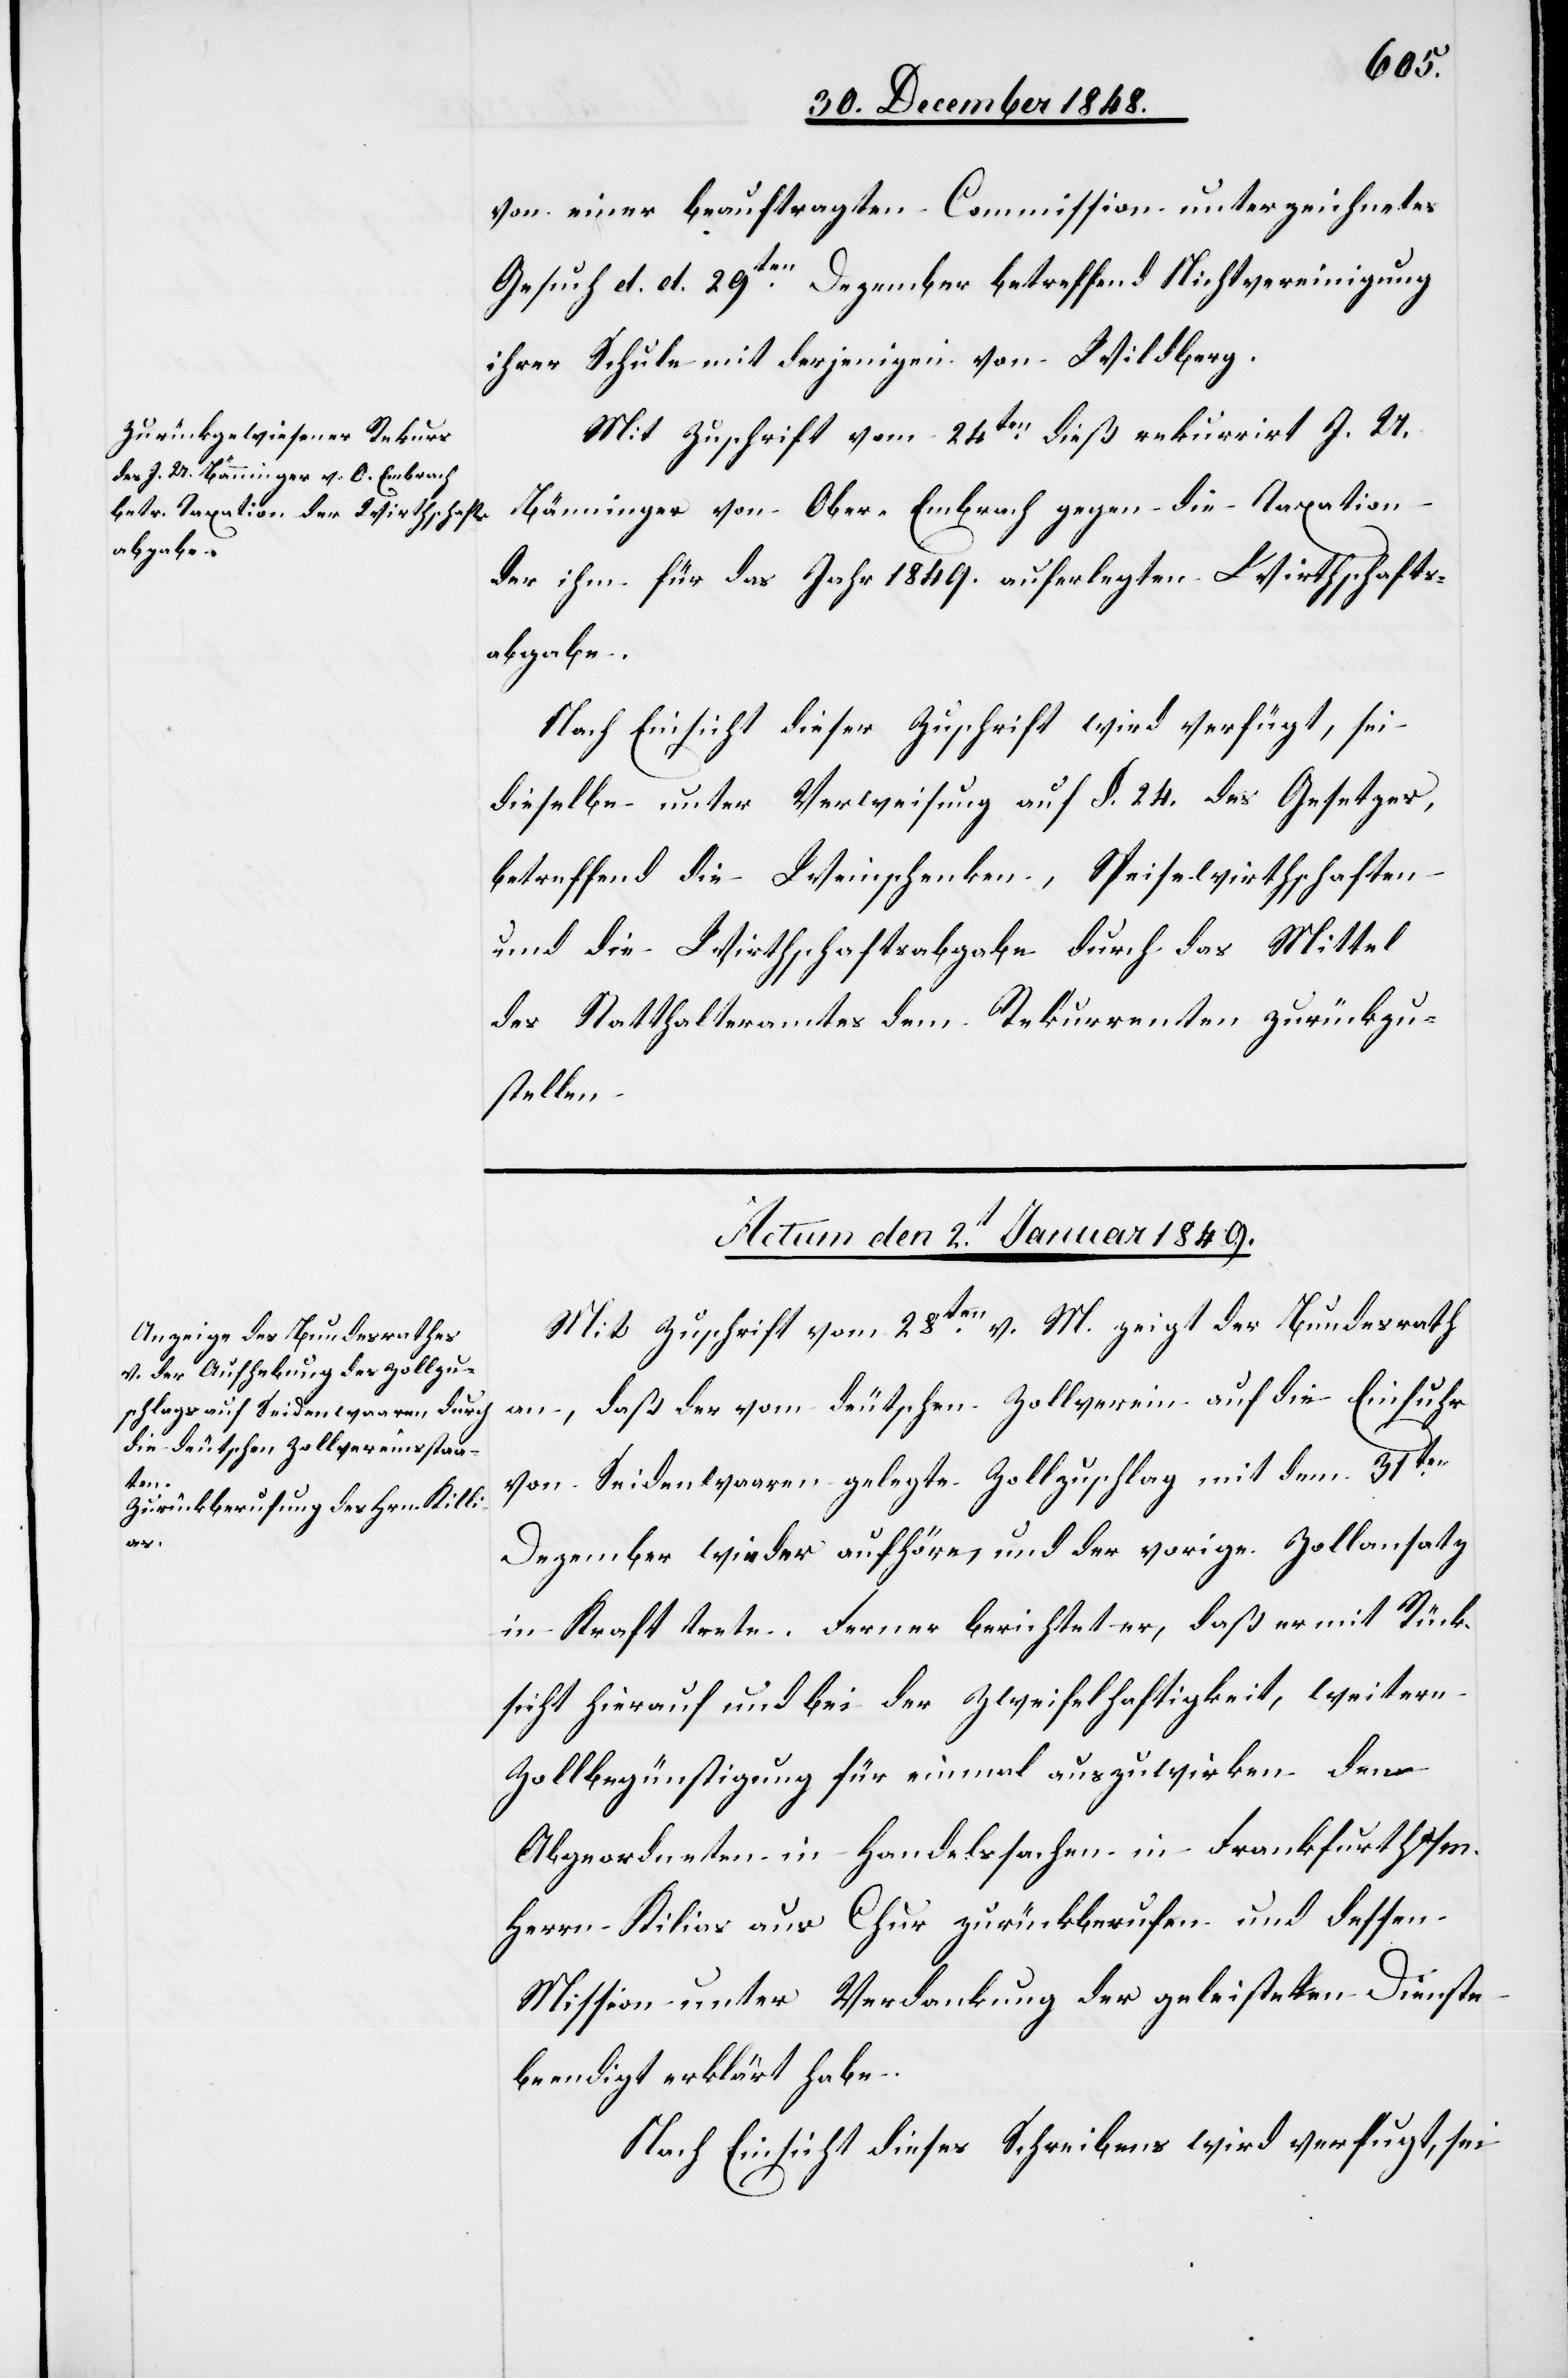
den

31t December 1848.]
von einer beauftragten Commission unterzeichnetes
Gesuch d. d. 29ten Dezember betreffend Nichtvereinigung
ihrer Schule mit derjenigen von Wildberg.
Mit Zuschrift vom 24ten dieß rekurrirt J. U.
Bänninger von Ober-Embrach gegen die Taxation
der ihm für das Jahr 1849. auferlegten Wirthschafts¬
abgabe.
Nach Einsicht dieser Zuschrift wird verfügt, sei
dieselbe unter Verweisung auf §. 24. des Gesetzes,
betreffend die Weinschenken, Speisewirthschaften
und die Wirthschaftsabgabe durch das Mittel
des Statthalteramtes dem Rekurrenten zurückzu¬
stellen.
Actum den 2t Januar 1849.
Mit Zuschrift vom 28ten v. M. zeigt der Bundesrath
an, daß der vom deutschen Zollverein auf die Einfuhr
von Seidenwaaren gelegte Zollzuschlag mit dem 31ten
Dezember wieder aufhöre, und der vorige Zollansatz
in Kraft trete. Ferner berichtet er, daß er mit Rück¬
sicht hierauf und bei der Zweifelhaftigkeit, weitern
Zollbegünstigung für einmal auszuwirken den
Abgeordneten in Handelssachen in Frankfurth a/M.
Herrn Kilias [sic!] aus Chur zurückberufen und dessen
Mission unter Verdankung der geleisteten Dienste
beendigt erklärt habe.
Nach Einsicht dieses Schreibens wird verfugt, sei